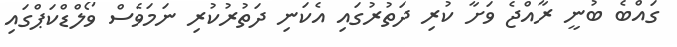
ގައްބެ ބުނީ ރާއްޖެ ވަށާ ކުރި ދަތުރުގައި އެކަނި ދަތުރުކުރި ނަމަވެސް ވޯލްޑްކަޕްގައި